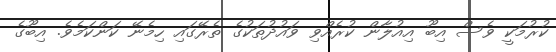
ކުރުމަކީ ވެސް އިބޫ އިއުލާން ކުރެއްވި ވައުދުތަކުގެ ތެރޭގައި ހިމެނޭ ކަންކަމެވެ. އިބޫގެ